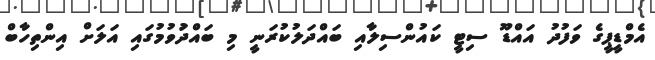
އެމްޑީޕީގެ ވަފުދު އައްޑޫ ސިޓީ ކައުންސިލާއި ބައްދަލުކުރަނީ މި ބައްދަުވުމުގައި އަލަށް އިންތިހާބް